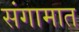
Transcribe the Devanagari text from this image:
संगामात